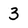
Character: 3